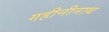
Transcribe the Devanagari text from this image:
गहीनीनाथ